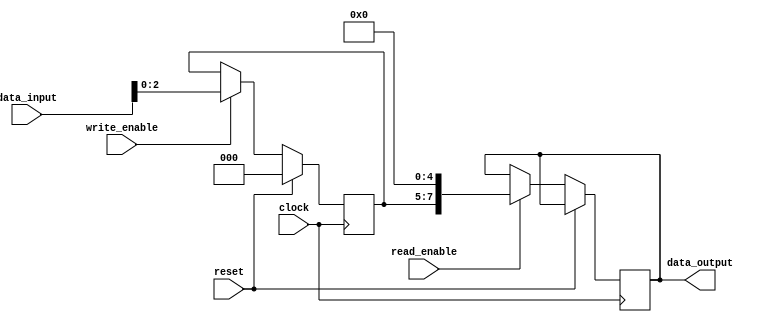
module MemoryBlockPCM (
    input wire clock,
    input wire reset,
    input wire write_enable,
    input wire read_enable,
    input wire [7:0] data_input,
    output reg [7:0] data_output
);

// Memory cell parameters
parameter AMORPHOUS = 3'b000;
parameter CRYSTALLINE = 3'b111;

// Memory cell storage
reg [2:0] memory_cell;

// Initialization
initial begin
    memory_cell = AMORPHOUS;
    data_output = 8'b00000000;
end

// Read and write operations
always @(posedge clock) begin
    if (reset) begin
        memory_cell <= AMORPHOUS;
    end else begin
        if (write_enable) begin
            memory_cell <= data_input[2:0];
        end
        if (read_enable) begin
            data_output <= {memory_cell, 5'b00000};
        end
    end
end

endmodule